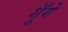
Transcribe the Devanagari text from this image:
गूॅगें